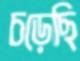
চড়েছি